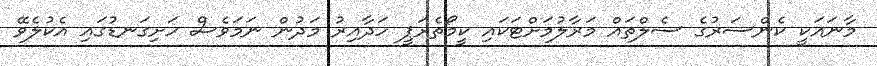
މާނައަކީ ކެންސަރުގެ ސެލްތައް މަރާލުމަށްޓަކައި ކީމޯތެރަޕީ ހަދާއިރު މަދުން ނަމަވެސް ހަށިގަނޑުގައި އެކުލެވޭ